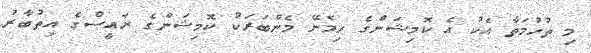
މި ތުހުމަތާ އެކު އެ ކޮމިޝަންގެ ހިމެނޭ މެންބަރަކު ކޮމިޝަންގެ ރައީސްގެ އިތުބާރު